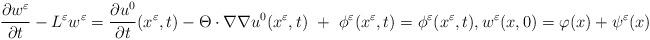
LaTeX: \begin{align*}\frac{\partial w^{\varepsilon}}{\partial t} - L^{\varepsilon} w^{\varepsilon} =\frac{\partial u^0}{\partial t}(x^\varepsilon,t) - \Theta \cdot \nabla \nabla u^0(x^\varepsilon,t) \ + \ \phi^\varepsilon(x^\varepsilon,t) =\phi^\varepsilon(x^\varepsilon,t), w^{\varepsilon}(x,0) = \varphi(x) + \psi^\varepsilon(x)\end{align*}